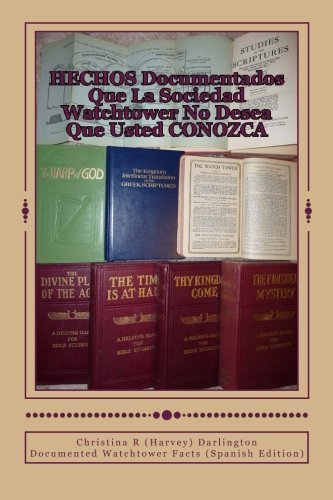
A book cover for HECHOS Documentados Que La Sociedad Watchtower No Desea Que Usted CONOZCA: Documented Watchtower Facts (Spanish Edition); Christina R. (Harvey) Darlington; Christian Books & Bibles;